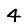
Digit: 4